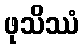
ဖုသိဿံ